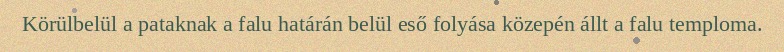
Körülbelül a pataknak a falu határán belül eső folyása közepén állt a falu temploma.